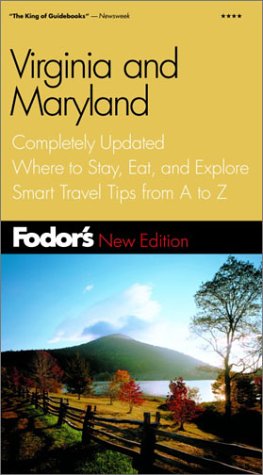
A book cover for Fodor's Virginia & Maryland, 6th Edition: Completely Updated, Where to Stay, Eat, and Explore, Smart Travel Tips from A to Z (Fodor's Gold Guides); Fodor's; Travel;